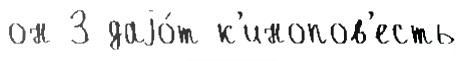
он 3 даjо́т к'инопов'есть